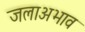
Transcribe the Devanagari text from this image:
जलाअभाव